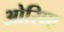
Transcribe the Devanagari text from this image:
ओसिए